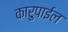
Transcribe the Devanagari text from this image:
कारुपाईल